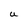
Character: U